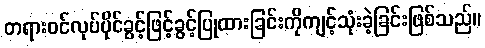
တရားဝင်လုပ်ပိုင်ခွင့်ဖြင့်ခွင့်ပြုထားခြင်းကိုကျင့်သုံးခဲ့ခြင်းဖြစ်သည်။